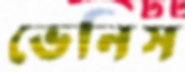
ভেনিস